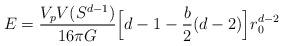
LaTeX: \begin{align*}E = \frac{V_p V(S^{d-1})}{16 \pi G} \Big[ d-1 - \frac{b}{2} (d-2) \Big]r_0^{d-2}\end{align*}